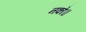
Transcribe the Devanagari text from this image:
नको॥